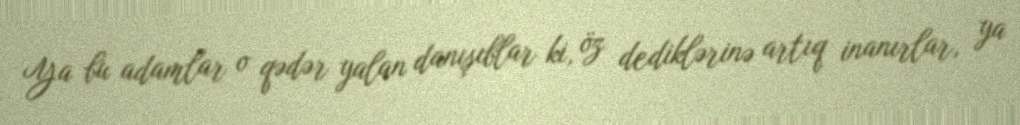
Ya bu adamlar o qədər yalan danışıblar ki, öz dediklərinə artıq inanırlar, ya